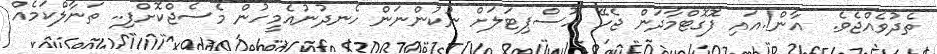
ތެދުވެއްޖެވެ.  އާން!.އައި ފޮގޮޓްމާދަން ޖެހޭ ހޮސްޕިޓަލަށް ނުކުންނަން ހެނދުނުއެމީހުން މެސެޖްކޮށްފި.. ތަނާލްކަމެއް